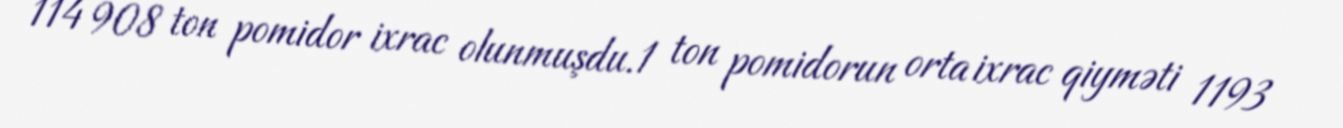
114 908 ton pomidor ixrac olunmuşdu.1 ton pomidorun orta ixrac qiyməti 1193